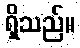
ရှိသည်။